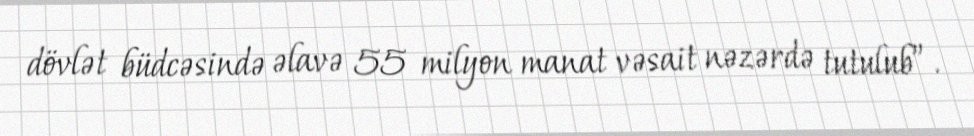
dövlət büdcəsində əlavə 55 milyon manat vəsait nəzərdə tutulub”.